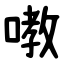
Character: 嘋